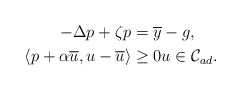
\begin{align*}-\Delta p +\zeta p&=\overline{y}-g,\\\langle p+\alpha \overline{u}, u-\overline{u} \rangle & \ge 0u\in \mathcal{C}_{ad}. \end{align*}